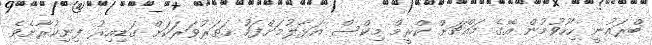
ބްރައުނީ ހިހޫވުމުން އޭގެ މައްޗަށް ކްރީމް މިކްސް އަޅާލުމަށްފަހު ހަތަރުވަރަކަށް ގަޑިއިރު ފިނިކުރާށެވެ.